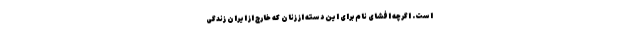
است. اگرچه افشای نام برای این دسته از زنان که خارج از ایران زندگی